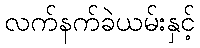
လက်နက်ခဲယမ်းနှင့်